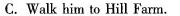
C. Walk him to Hill Farm.